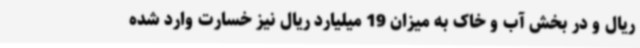
ریال و در بخش آب و خاک به میزان 19 میلیارد ریال نیز خسارت وارد شده